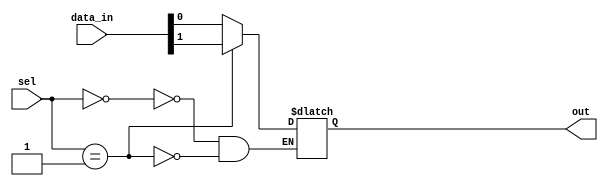
module mux_1024to1 (
    input [1023:0] data_in,
    input [9:0] sel,
    output reg out
);

always @(*) begin
    case(sel)
        10'b0000000000: out = data_in[0];
        10'b0000000001: out = data_in[1];
        // Continue for all 1024 input lines
        // Example: 10'b1111111111: out = data_in[1023];
    endcase
end

endmodule